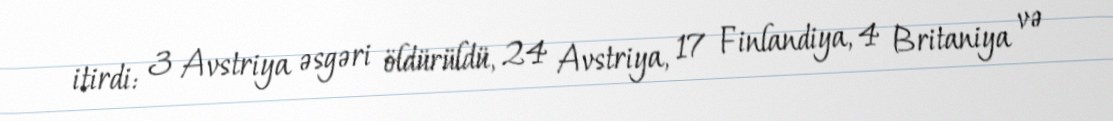
itirdi: 3 Avstriya əsgəri öldürüldü, 24 Avstriya, 17 Finlandiya, 4 Britaniya və